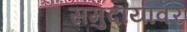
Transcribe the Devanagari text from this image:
समुदायावर